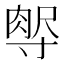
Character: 𡬻